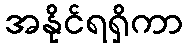
အနိုင်ရရှိကာ